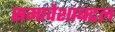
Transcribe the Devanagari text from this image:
समावेशाबद्दल